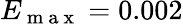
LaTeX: E_{\mathrm{~m~a~x~}}=0.002